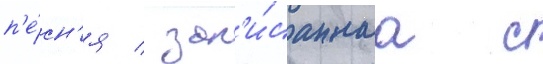
п'е́сн'я / зап'и́саннаа с